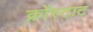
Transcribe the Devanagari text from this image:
क्रोंस्टाट